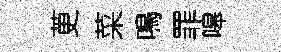
茰菜鳴罪嗥